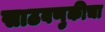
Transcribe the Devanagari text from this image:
साठवणुकीचा